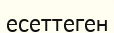
есеттеген